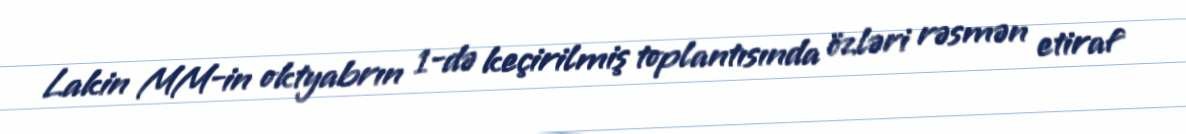
Lakin MM-in oktyabrın 1-də keçirilmiş toplantısında özləri rəsmən etiraf